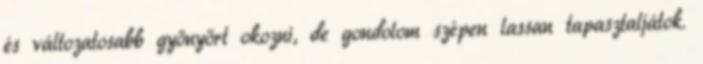
és változatosabb gyönyört okozni, de gondolom szépen lassan tapasztaljátok.